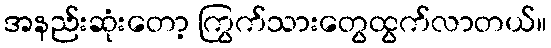
အနည်းဆုံးတော့ ကြွက်သားတွေထွက်လာတယ်။